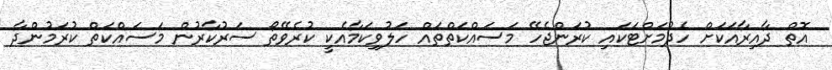
އޮތް ދާއިރާއަކަށް ހެދުމަށްޓަކައި ކުރަންޖެހޭ މަސައްކަތްތައް ހަލުވިކަމާއެކީ ކުރެވޭތޯ ސަރުކާރުން މަސައްކަތް ކުރަމުންދާ